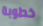
خطوبة